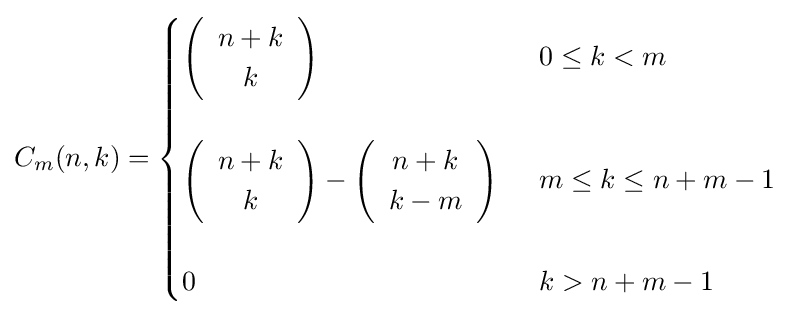
C_{m}(n,k)={\begin{cases}\left({\begin{array}{c}n+k\\k\end{array}}\right)&\,\,\,0\leq k<m\\\\\left({\begin{array}{c}n+k\\k\end{array}}\right)-\left({\begin{array}{c}n+k\\k-m\end{array}}\right)&\,\,\,m\leq k\leq n+m-1\\\\0&\,\,\,k>n+m-1\end{cases}}